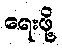
ရေးဖို့